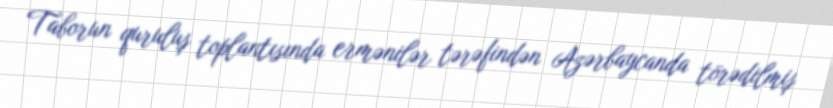
Taborun quruluş toplantısında ermənilər tərəfindən Azərbaycanda törədilmiş